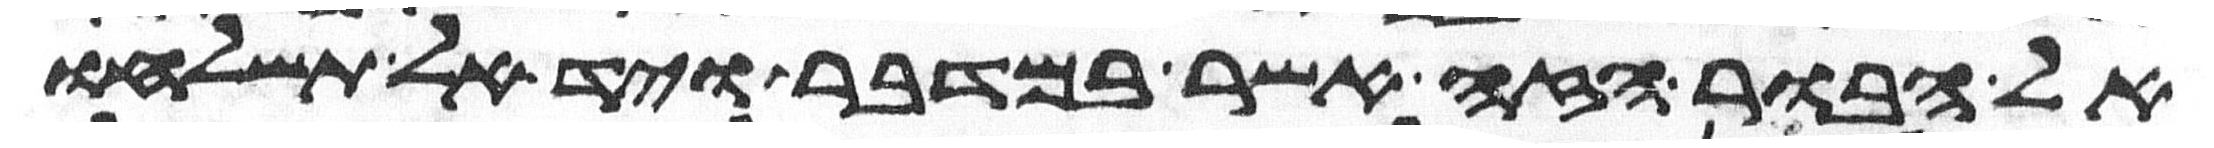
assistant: אל הבור הזה אשר במדבר ויד אל תשלחו